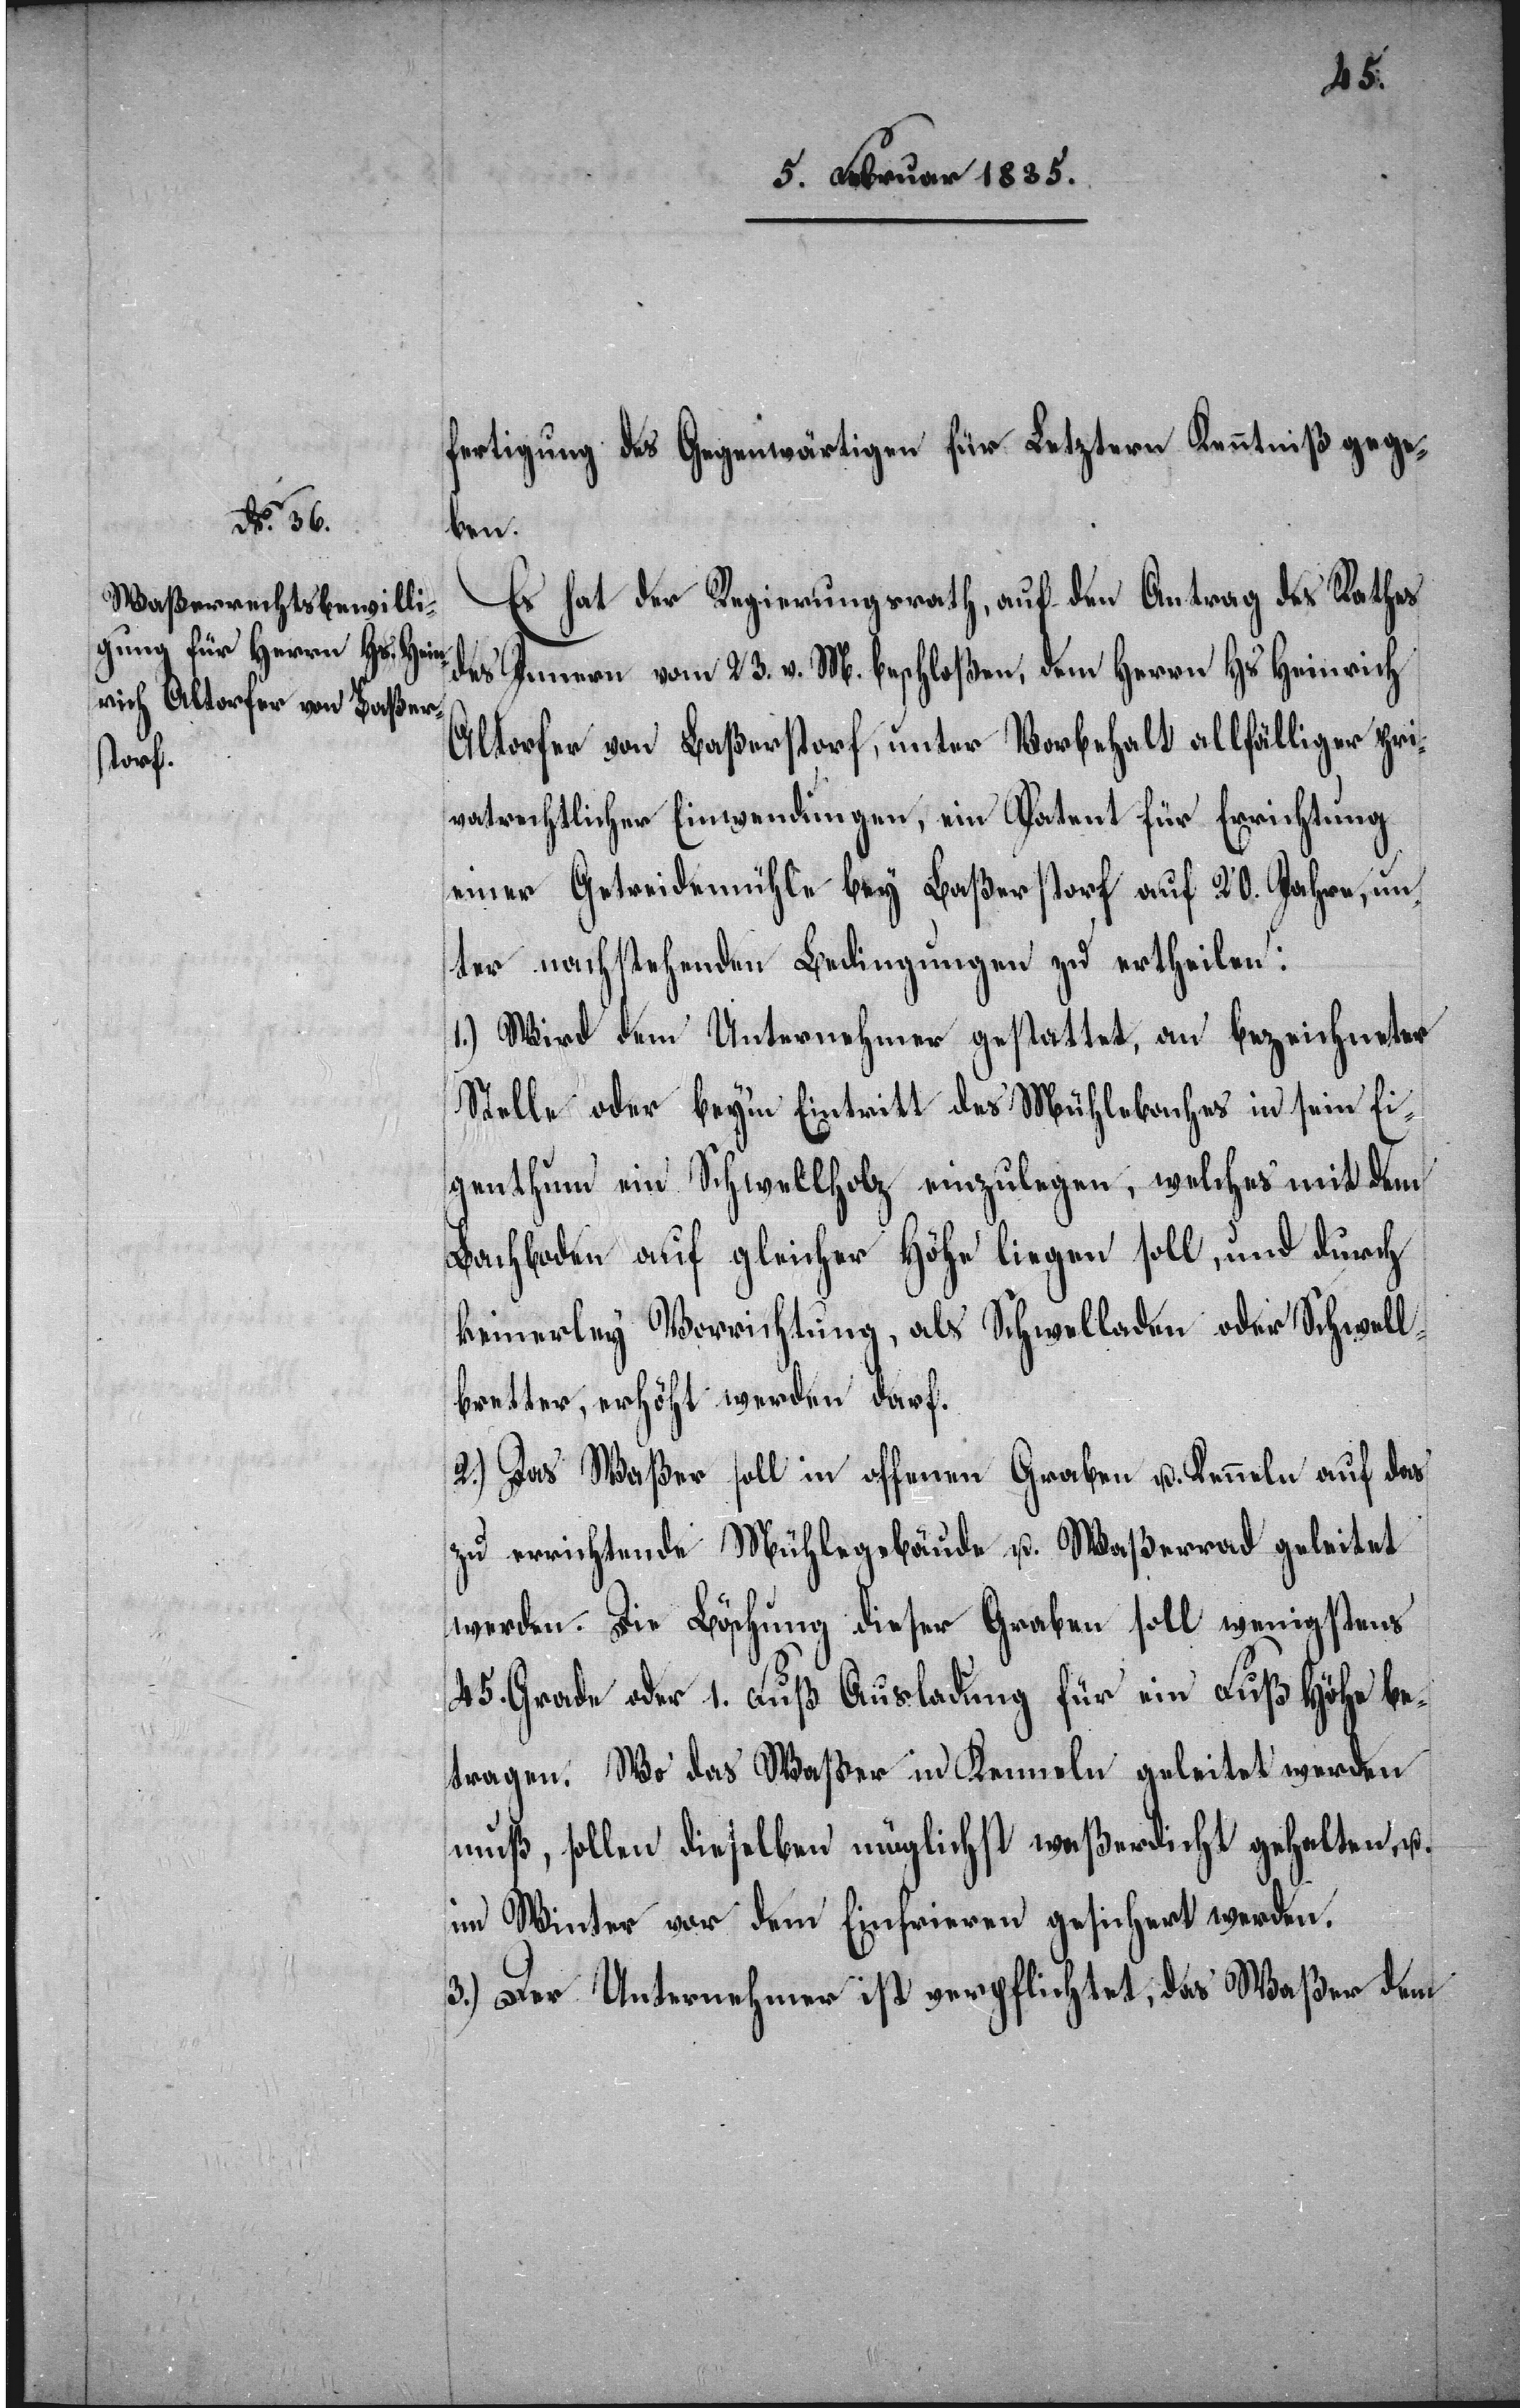
fertigung des Gegenwärtigen für Letztern Kenntniß gege¬
ben.
Es hat der Regierungsrath, auf den Antrag des Rathes
des Innern vom 23. v. M. beschloßen, dem Herrn Hs. Heinrich
Altorfer von Baßerstorf, unter Vorbehalt allfälliger pri¬
vatrechtlicher Einwendungen, ein Patent für Errichtung
einer Getreidemühle bey Baßerstorf auf 20. Jahre, un¬
ter nachstehenden Bedingungen zu ertheilen:
1.) Wird dem Unternehmer gestattet, an bezeichneter
Stelle oder beym Eintritt des Mühlebaches in sein Ei¬
genthum ein Schwellholz einzulegen, welches mit dem
Dachboden auf gleicher Höhe liegen soll, und durch
keinerley Vorrichtung, als Schwelladen oder Schwell¬
bretter, erhöht werden darf.
2.) Das Waßer soll in offenen Graben u. Kenneln auf das
zu errichtende Mühlegebäude u. Waßerrad geleitet
werden. Die Böschung dieser Graben soll wenigstens
45. Grade oder 1. Fuß Ausladung für ein Fuß Höhe be¬
tragen. Wo das Waßer in Kenneln geleitet werden
muß, sollen dieselben möglichst waßerdicht gehalten, u.
im Winter vor dem Einfrieren gesichert werden.
3.) Der Unternehmer ist verpflichtet, das Waßer dem